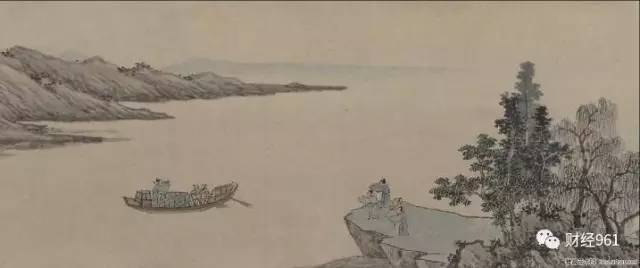
寒雨连天夜入吴，平明送客楚山孤。